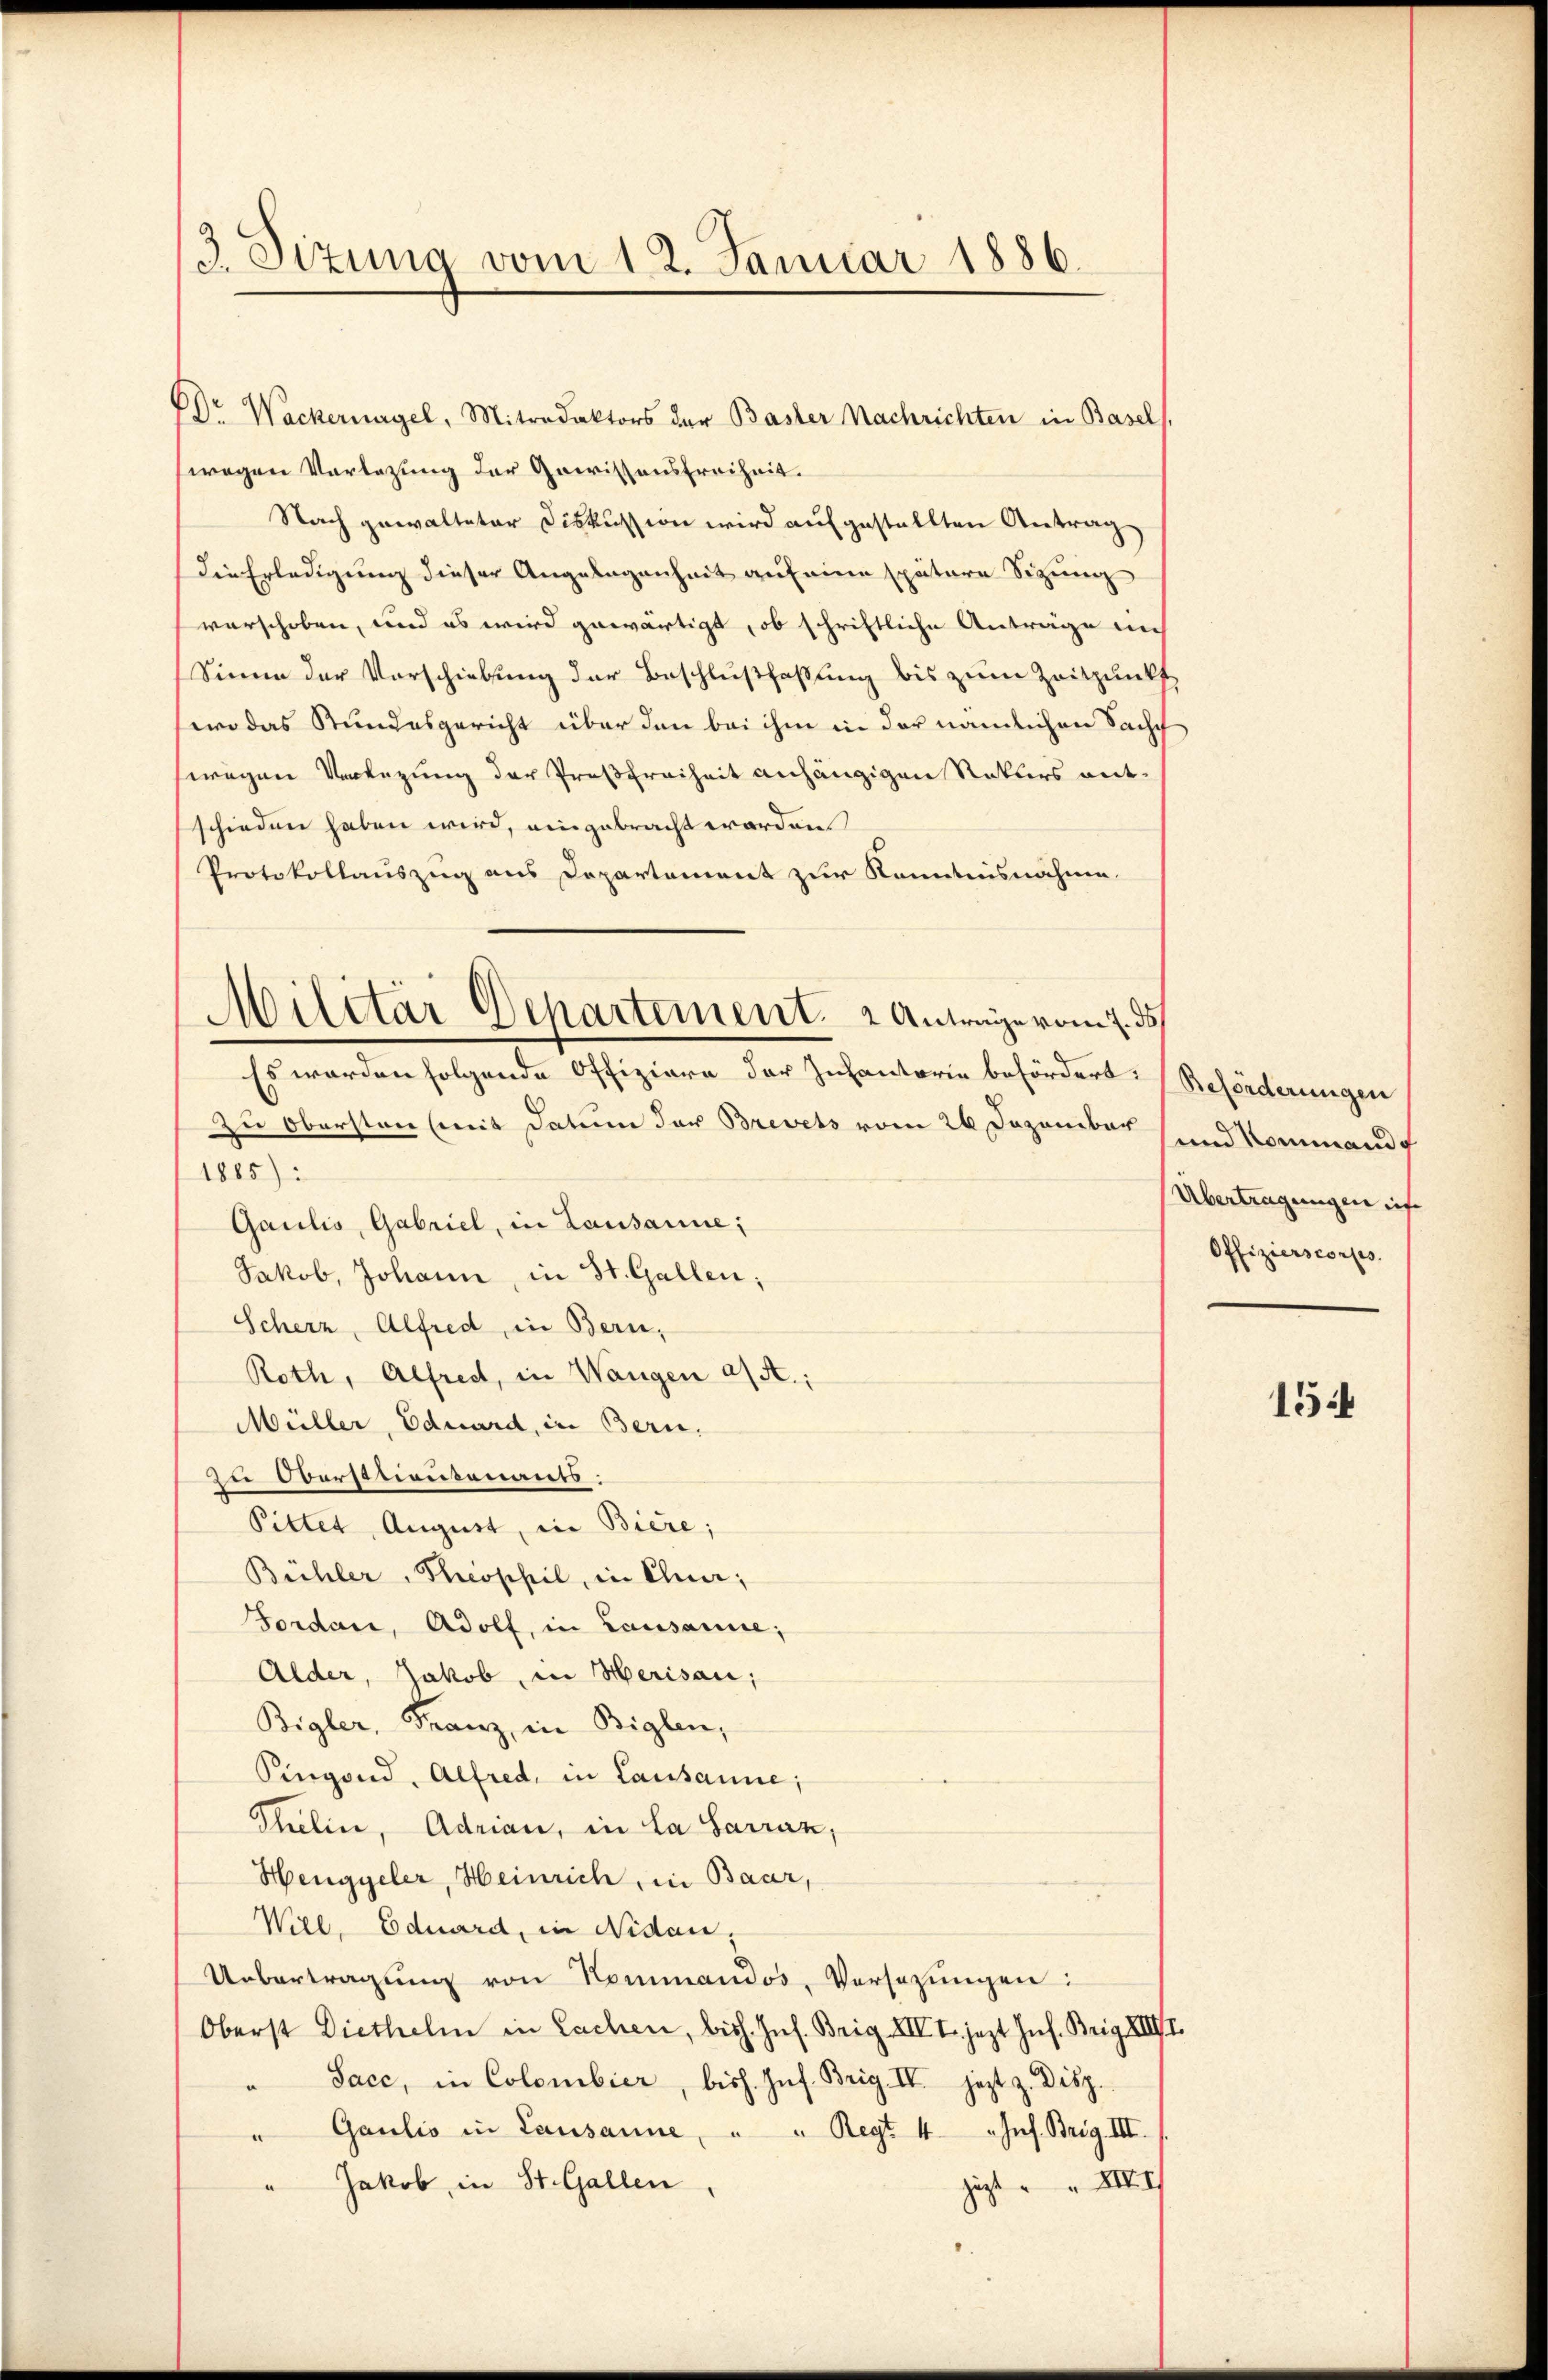
3. Sizung vom 12. Januar 1886.

Dr Wackernagel, Mitredaktors der Baster Nachrichten in Basel,
wegen Vorlegung der Gewissensfreiheit.
Nach gewalteter Diskussion wird aufgestellten Antrag
die Erledigung dieser Angelegenheit auf eine spätere Sitzung
verschoben, und es wird gewärtigt, ob schriftliche Anträge im
Sinne der Vorschiebung der Beschlußfaßung bis zum Zeitpunkt
wo das Stundesgericht über den bei ihm in der nämlichen Sach
swegen Verlegung der Preßfreiheit anhängigen Rekurs antschieden haben wird, eingebracht worden
Protokollauszug aus Departement zur Kenntnisnahme.
Militar Departement. 2 Anträge vom 7. ds.

Es werden folgende Offiziere der Infantorie befördert: Beförderungen
zu Obersten (mit Datum der Brevets vom 26 Dezember
1885):
Gaulis, Gabriel, in Lausanne;
Jakob, Johann, in St. Gallen;
Scherz, Alfred, in Bern,
Roth, Alfred, in Wangen a/A.:
Müller, Eduard, in Bern.
Dei Obersationsonants:
Pittet, August, in Biere;
Bühler, Theophil, in Chur,
Forden, Adolf, in Lausanne;
Alder, Jakob, in Herisau;
Bigler, Franz, in Biglen,
Singend, Alfred, in Lausanne;
Thelin, Adrian, in la Sarran,
Henggeler, Heinrich, in Baar,
Wiel, Eduard, in Nidau,
Uebertragung von Kommandos, Versezungen
Oberst Diethelm in Sachen, bish. Ins. Brig. XIII. jezt Inf. Brig. XIIII.
Sace, in Colombier, bish. Inf. Brig IV jezt z. Disp.
e
"Gaulio in Lausanne, " " Regt 4 "Inf. Brig. III.
" Jakob, in St. Gallen
jezt
zu

und Kommand
Übertragungen inf
Offizierscorps.

154